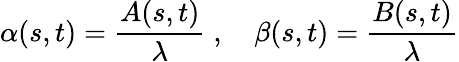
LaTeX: \alpha(s,t)={\frac{A(s,t)}{\lambda}}\; ,\quad\beta(s,t)={\frac{B(s,t)}{\lambda}}